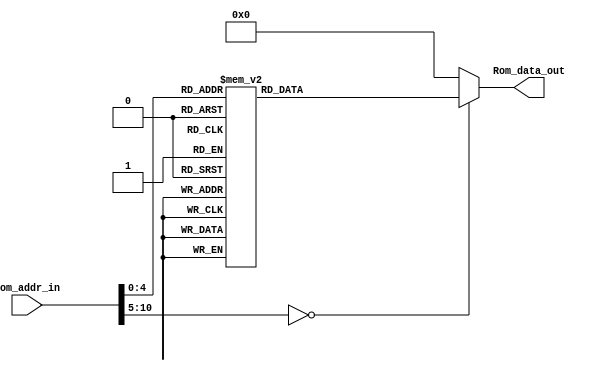
module Program_Rom(Rom_data_out, Rom_addr_in);

//---------
    output [13:0] Rom_data_out;
    input [10:0] Rom_addr_in; 
//---------
    
    reg   [13:0] data;
    wire  [13:0] Rom_data_out;
    
    always @(Rom_addr_in)
        begin
            case (Rom_addr_in)
                10'h0 : data = 14'h300F;
                10'h1 : data = 14'h00A4;
                10'h2 : data = 14'h01A5;
                10'h3 : data = 14'h0103;
                10'h4 : data = 14'h3001;
                10'h5 : data = 14'h07A5;
                10'h6 : data = 14'h0825;
                10'h7 : data = 14'h008D;
                10'h8 : data = 14'h0BA4;
                10'h9 : data = 14'h2804;
                10'ha : data = 14'h300E;
                10'hb : data = 14'h00A4;
                10'hc : data = 14'h3001;
                10'hd : data = 14'h02A5;
                10'he : data = 14'h0825;
                10'hf : data = 14'h008D;
                10'h10 : data = 14'h0BA4;
                10'h11 : data = 14'h280C;
                10'h12 : data = 14'h2800;
                10'h13 : data = 14'h301E;
                10'h14 : data = 14'h00A0;
                10'h15 : data = 14'h01A1;
                10'h16 : data = 14'h01A2;
                10'h17 : data = 14'h0BA2;
                10'h18 : data = 14'h2817;
                10'h19 : data = 14'h0BA1;
                10'h1a : data = 14'h2816;
                10'h1b : data = 14'h0BA0;
                10'h1c : data = 14'h2815;
                10'h1d : data = 14'h0008;
                default: data = 14'h0;   
            endcase
        end

     assign Rom_data_out = data;

endmodule